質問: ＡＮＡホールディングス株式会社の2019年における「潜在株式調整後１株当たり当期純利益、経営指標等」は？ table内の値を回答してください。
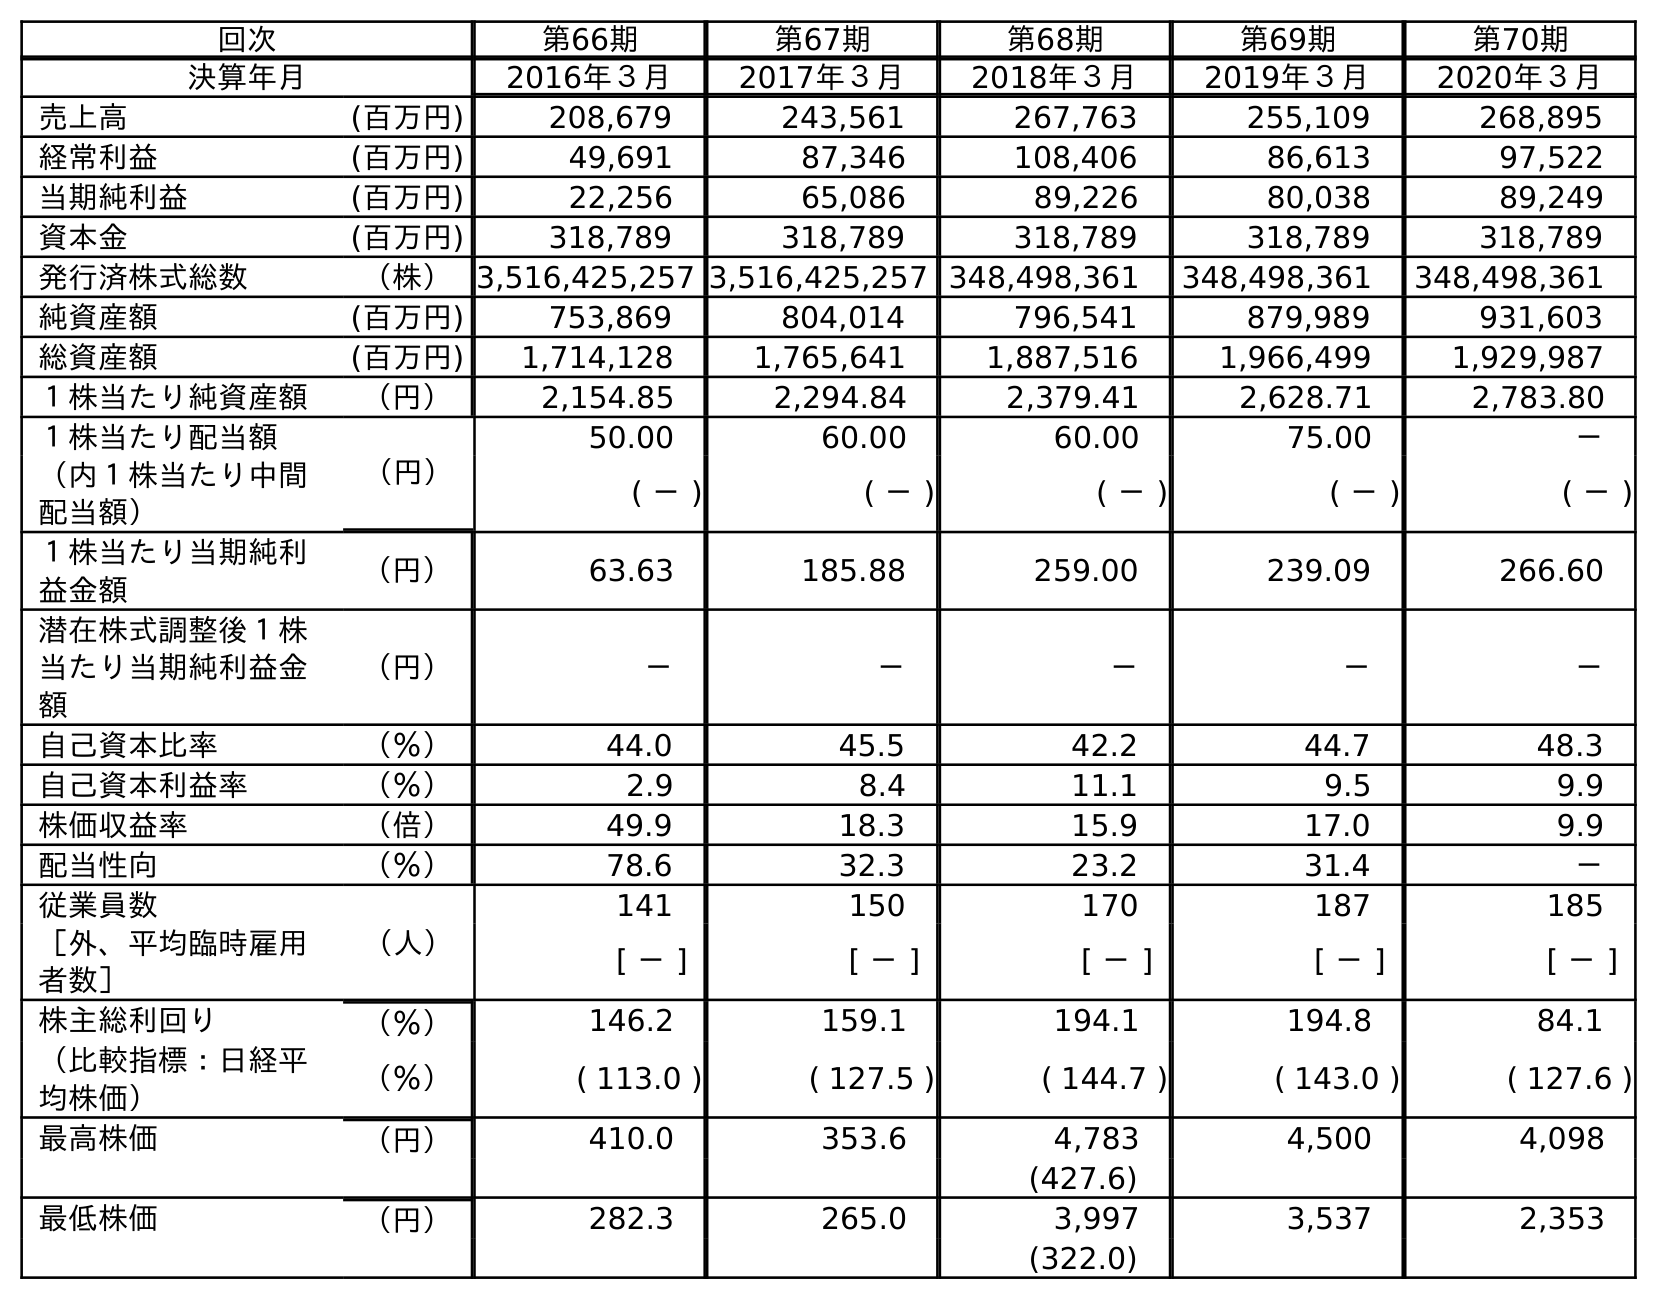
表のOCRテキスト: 回次 第66期 第67期 第68期 第69期 第70期 決算年月 2016年３月 2017年３月 2018年３月 2019年３月 2020年３月 売上高 (百万円) 208,679 243,561 267,763 255,109 268,895 経常利益 (百万円) 49,691 87,346 108,406 86,613 97,522 当期純利益 (百万円) 22,256 65,086 89,226 80,038 89,249 資本金 (百万円) 318,789 318,789 318,789 318,789 318,789 発行済株式総数 （株）3,516,425,257 3,516,425,257 348,498,361 348,498,361 348,498,361 純資産額 (百万円) 753,869 804,014 796,541 879,989 931,603 総資産額 (百万円) 1,714,128 1,765,641 1,887,516 1,966,499 1,929,987 １株当たり純資産額 （円） 2,154.85 2,294.84 2,379.41 2,628.71 2,783.80 １株当たり配当額 （円） 50.00 60.00 60.00 75.00 － （内１株当たり中間 配当額） ( － ) ( － ) ( － ) ( － ) ( － ) １株当たり当期純利 益金額 （円） 63.63 185.88 259.00 239.09 266.60 潜在株式調整後１株 当たり当期純利益金 額 （円） － － － － － 自己資本比率 （％） 44.0 45.5 42.2 44.7 48.3 自己資本利益率 （％） 2.9 8.4 11.1 9.5 9.9 株価収益率 （倍） 49.9 18.3 15.9 17.0 9.9 配当性向 （％） 78.6 32.3 23.2 31.4 － 従業員数 （人） 141 150 170 187 185 ［外、平均臨時雇用 者数］ [ － ] [ － ] [ － ] [ － ] [ － ] 株主総利回り （％） 146.2 159.1 194.1 194.8 84.1 （比較指標：日経平 均株価） （％） ( 113.0 ) ( 127.5 ) ( 144.7 ) ( 143.0 ) ( 127.6 ) 最高株価 （円） 410.0 353.6 4,783 4,500 4,098 (427.6) 最低株価 （円） 282.3 265.0 3,997 3,537 2,353 (322.0)
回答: －